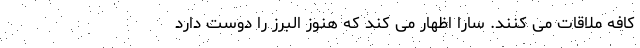
کافه ملاقات می کنند. سارا اظهار می کند که هنوز البرز را دوست دارد